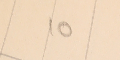
10